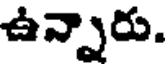
ఉన్నారు.